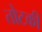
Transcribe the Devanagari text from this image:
तोटकी